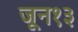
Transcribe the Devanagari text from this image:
जून१३